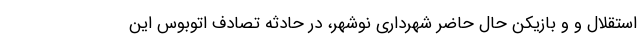
استقلال و و بازیکن حال حاضر شهرداری نوشهر، در حادثه تصادف اتوبوس این